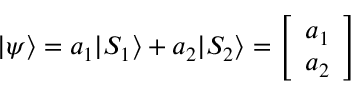
| \psi \rangle = a _ { 1 } | S _ { 1 } \rangle + a _ { 2 } | S _ { 2 } \rangle = { \left[ \begin{array} { l } { a _ { 1 } } \\ { a _ { 2 } } \end{array} \right] }